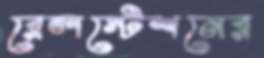
রেলস্টেশনের